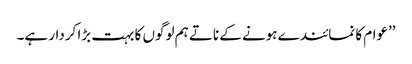
’’عوام کا نمائندے ہونے کے ناتے ہم لوگوں کا بہت بڑا کردار ہے۔